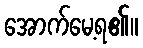
အောက်မေ့ရ၏။